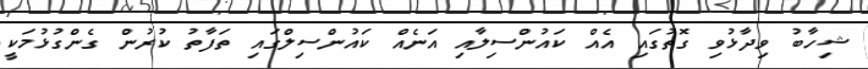
ޝިހާބު ވިދާޅުވި ގޮތުގައި އެއް ކައުންސިލާއި އަނެއް ކައުންސިލްގައި ތަފާތު ކުރުން ގެންގުޅުމަކީ